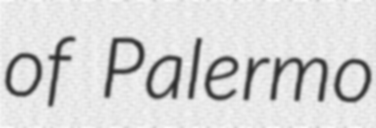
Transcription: of Palermo